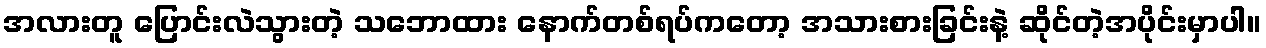
အလားတူ ပြောင်းလဲသွားတဲ့ သဘောထား နောက်တစ်ရပ်ကတော့ အသားစားခြင်းနဲ့ ဆိုင်တဲ့အပိုင်းမှာပါ။